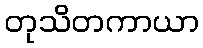
တုသိတကာယာ